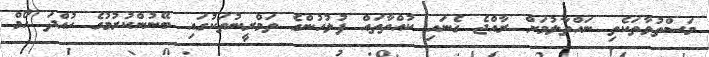
މަސްތުވާތަކެތި ނައްތާލުމަށް ރާއްޖެ ގެނައި ކުއްތާތައް ފުލުހުންގެ ތަމްރީނުތަކުގައި ބޭނުންކުރުމުގެ ހުއްދަ ހޯމް